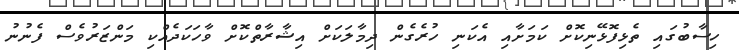
ހިސާބުގައި ތެޅިފޮޅޭނިކޮށް ކަމަށާއި އެކަނި ހުރެގެން ދިމާލަކަށް އިޝާރާތްކޮށް ވާހަކަދެއްކި މަންޒަރުވެސް ފެނުނު